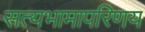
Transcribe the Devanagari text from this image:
सत्यभामापरिणय